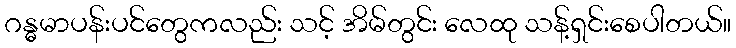
ဂန္ဓမာပန်းပင်တွေကလည်း သင့် အိမ်တွင်း လေထု သန့်ရှင်းစေပါတယ်။